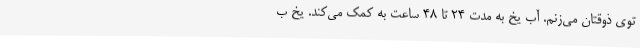
توی ذوقتان می‌زنم. آب یخ به مدت ۲۴ تا ۴۸ ساعت به کمک می‌کند. یخ ب